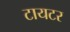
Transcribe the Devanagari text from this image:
टायटर